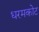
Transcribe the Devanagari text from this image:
धरमकोट